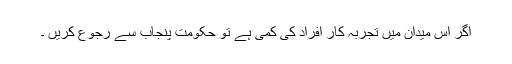
اگر اِس میدان میں تجربہ کار افراد کی کمی ہے تو حکومت پنجاب سے رجوع کریں ۔